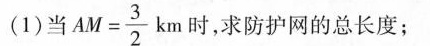
(1)当$$A M = \frac { 3 } { 2 }$$km 时，求防护网的总长度；